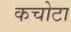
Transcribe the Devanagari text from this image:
कचोटा